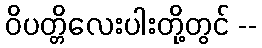
ဝိပတ္တိလေးပါးတို့တွင် --